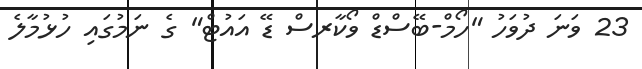
23 ވަނަ ދުވަހު "ހޯމް-ބޭސްޑް ވޯކާރސް ޑޭ އައުޓް" ގެ ނަމުގައި ހުޅުމާލެ